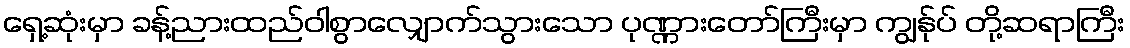
ရှေ့ဆုံးမှာ ခန့်ညားထည်ဝါစွာလျှောက်သွားသော ပုဏ္ဏားတော်ကြီးမှာ ကျွန်ုပ် တို့ဆရာကြီး